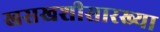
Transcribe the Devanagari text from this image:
खसखशीसारख्या